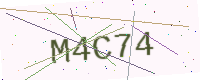
Text: M4C74